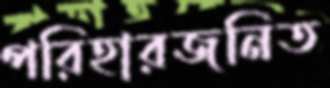
পরিহারজনিত